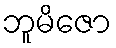
ဘူမိဇော